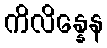
ကိလိန္နေန